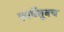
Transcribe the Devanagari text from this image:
स्पर्धेतूनच